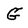
Character: G